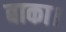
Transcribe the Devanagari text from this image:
बाका।